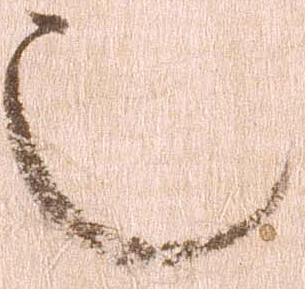
也